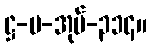
ဋ္ဌ-ပ-အုပ်-၃၁၄။